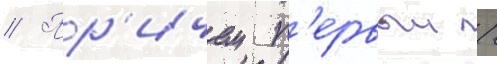
// Пр'ичем п'ервыи /